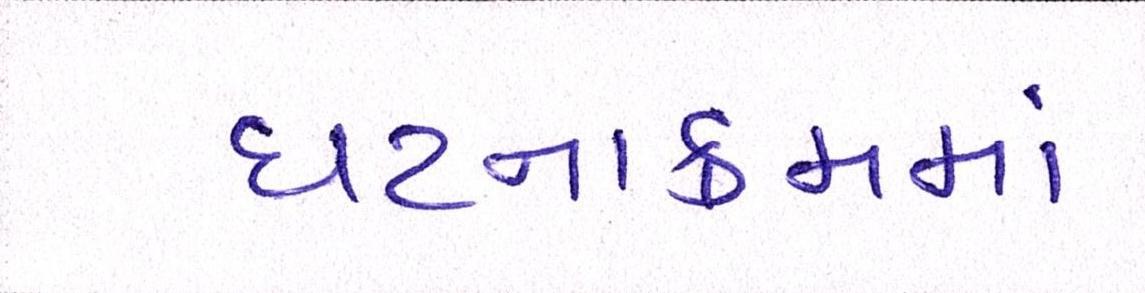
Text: ઘટનાક્રમમાં